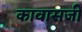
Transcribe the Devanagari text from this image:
कावासजी